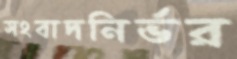
সংবাদনির্ভর